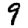
Digit: 9